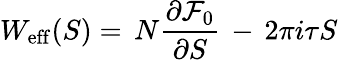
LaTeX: W_{\mathrm{eff}}(S)=\, N\frac{\partial{\cal F}_{0}}{\partial S}\, -\, 2\pi i\tau S